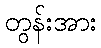
တွန်းအား